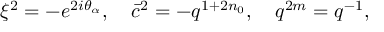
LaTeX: \xi ^ { 2 } = - e ^ { 2 i \theta _ { \alpha } } , \ \ \ \bar { c } ^ { 2 } = - q ^ { 1 + 2 n _ { 0 } } , \ \ \ q ^ { 2 m } = q ^ { - 1 } ,